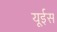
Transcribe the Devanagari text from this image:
यूईस